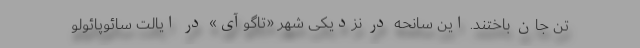
تن جان باختند. این سانحه در نزدیکی شهر «تاگوآی» در ایالت سائوپائولو